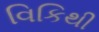
વિકિથી